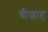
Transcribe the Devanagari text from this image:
बीशाह